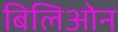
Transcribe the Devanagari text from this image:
बिलिओन